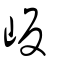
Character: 岅